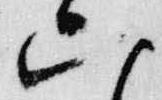
六